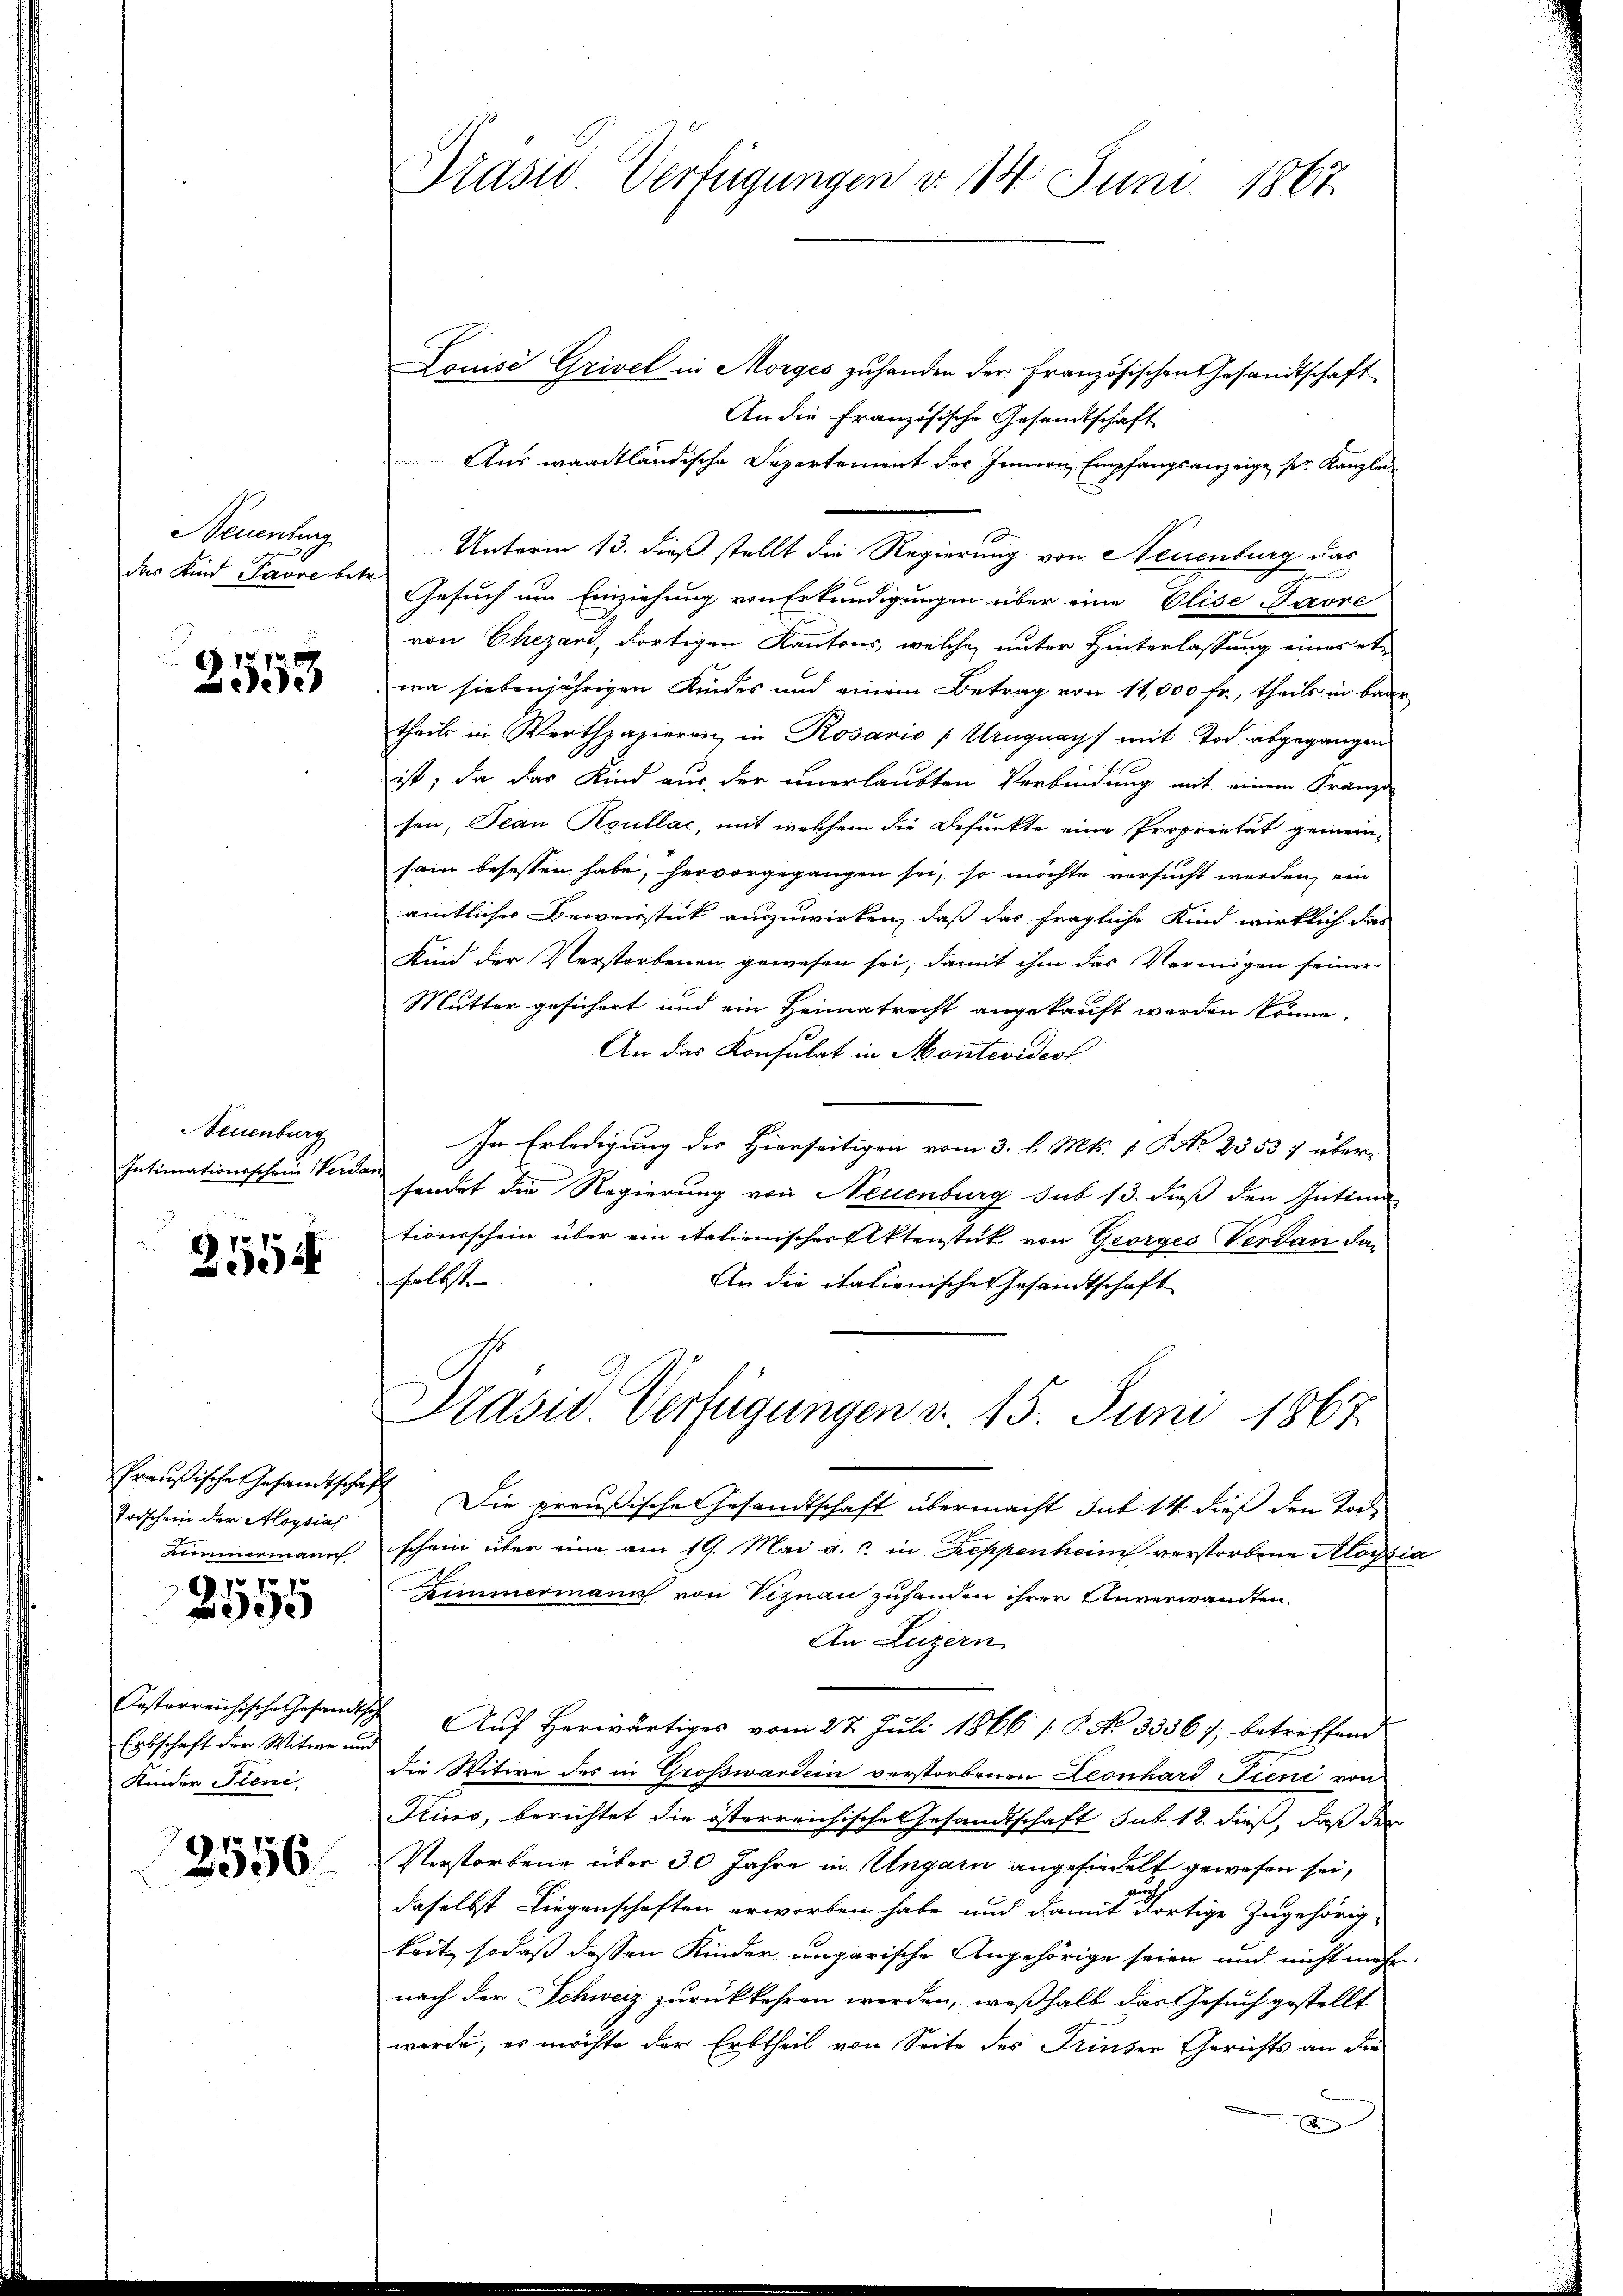
Neuenburg
das Kind Pavre bit

2553

Neuenburg
Intimationsschein Weri

2554

Preußische Gesandtschaft
Todschein der Aloysias
aimermann
10 f 1

e

Pasterreichische Gesandtsc
Erbschaft der Witwe um
Kinder Tieni

2556.

Prasio Verfügungen v. 14. Juni 1867

Louise Grivel in Morges zuhanden der französischen Gesandtschaft
An die Französische Gesandtschaft
Aus waadtländische Departement des Innern Empfangsanzeige, ser Kanzlei
1
Unterm 13. dieß stellt die Regierung von Neuenburg das
Gesuch um Einziehung von Erkundigungen über eine Elise avre
von Chezani, dortigen Kantons, welche unter Hinterlassung eines etwa siebenjährigen Kindes und einem Betrag von 11,000 fr., theils in baar
theils in Werthpapieren, in Rosario (Uruguays mit Tod abgegangen
ist; da das Kind aus der unerlaubten Verbindung mit einem Franze
sen, Jean Roullac, mit welchem die Befunkte eine Proprietät gemein-
sam besessen habe, hervorgegangen sei, so möchte versucht werden, ein
amtlicher Beweistik auszuwirken, daß das fragliche Kind wirklich das
Kind der Verstorbenen gewesen sei, damit ihm das Vermögen seiner
Mutter gesichert und ein Heimatrecht angekauft werden könne.
An das Konsulat in Montevideot
In Erledigung des Hierseitigen vom 3. l. Mts. 1. P. Nr. 23537 übersendet die Regierung von Neuenburg sub 13. dieß den Intima
tionsschein über ein italienischer Aktenstück von Georges Verdan daselbst
An die italienische Gesandtschaft
Präsid. Verfügungen d. 15. Juni 1867
Die preußische Gesandtschaft übermacht sub 14 dieß den Todschein über eine am 19. Mai a. c. in Reppenheim verstorbene Aloysia
Zimmermann von Viznau zuhanden ihrer Unverwandten.
An Luzern
Auf herwärtiges vom 27. Juli 1866 1 S. No 3356), betreffend
die Witwe des in Großwardein verstorbenen Leonhard Fiene von
Prius, berichtet die österreichische Gesandtschaft sub 12. dieß, daß der
Verstorbene über 30 Jahre in Ungarn angesiedelt gewesen sei,
daselbst Liegenschaften erworben habe und damit dortige Zugehörig-
keit, sodaß dessen Kinder ungarische Angehörige seien und nicht mehr
nach der Schweiz zurückkehren werden, weßhalb das Gesuch gestellt
werde, es möchte der Erbtheil von Seite des Trinder Gerichts an die
x